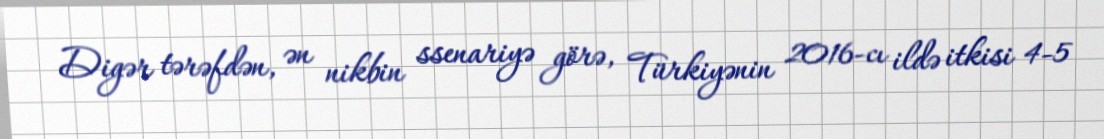
Digər tərəfdən, ən nikbin ssenariyə görə, Türkiyənin 2016-cı ildə itkisi 4-5